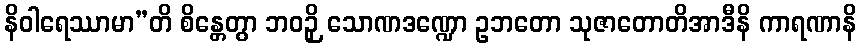
နိဝါရေဿာမာ”တိ စိန္တေတွာ ဘဝဉှိ သောဏဒဏ္ဍော ဥဘတော သုဇာတောတိအာဒီနိ ကာရဏာနိ